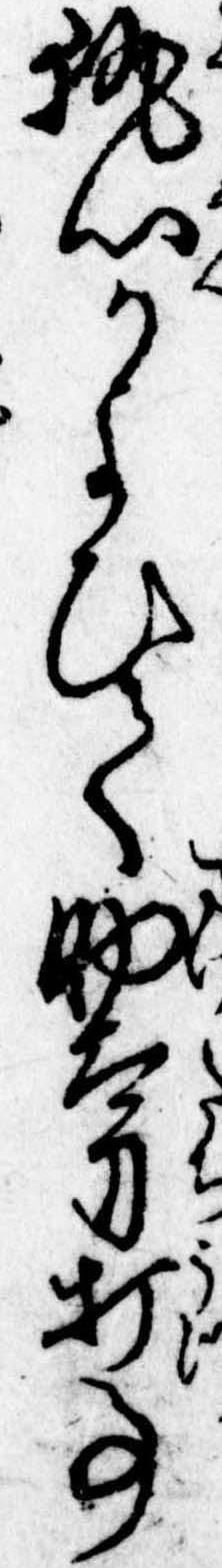
執心かよひて助太刀打事